Annual report of the Civil Veterinary Department, Bengal, for the year 1896-97 - 1896-1897
Year: 1896
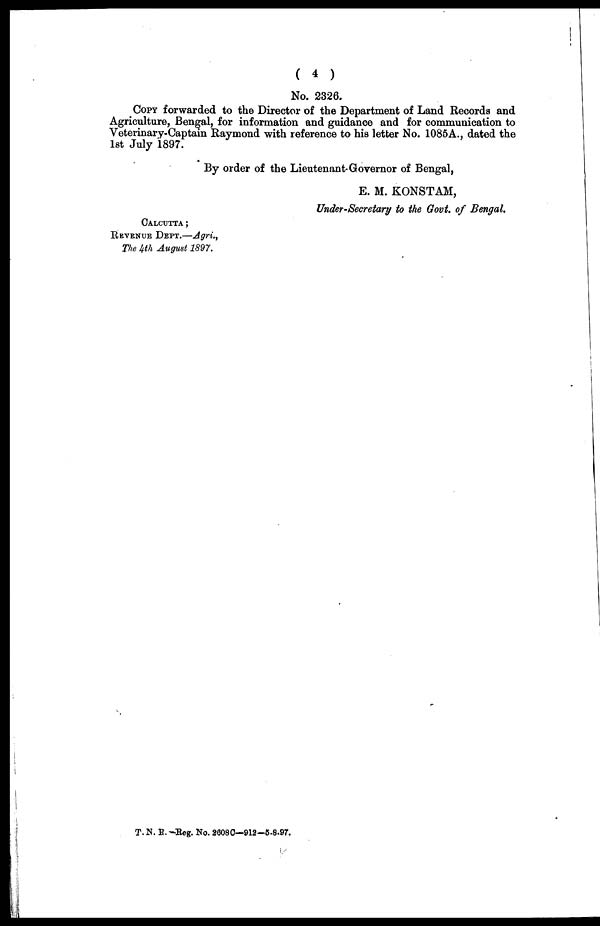
( 4 )
No. 2326.
Copy forwarded to the Director of the Department of Land Records and
Agriculture, Bengal, for information and guidance and for communication to
Veterinary-Captain Raymond with reference to his letter No. 1085A., dated the
1st July 1897.
By order of the Lieutenant-Governor of Bengal,
E. M. KONSTAM,
Under-Secretary to the Govt, of Bengal.
CALCUTTA ;
REVENUE DEPT.—Agri.,
The 4th August 1897.
T.N.R.-Eeg. No. 26080—912—5.8.97.